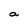
Character: a